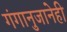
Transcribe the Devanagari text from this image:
गंगानुजानेही